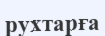
рухтарға